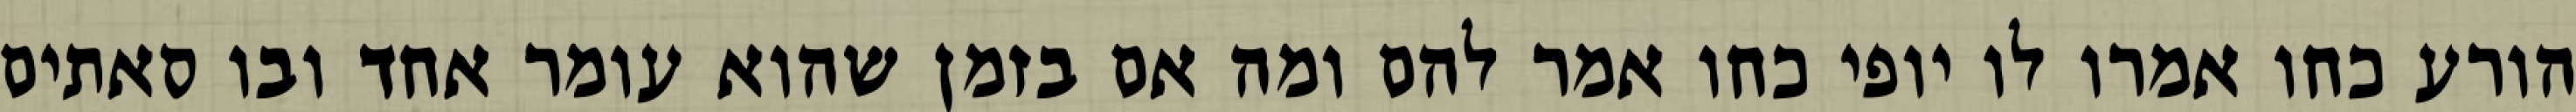
הורע כחו אמרו לו יופי כחו אמר להם ומה אם בזמן שהוא עומר אחד ובו סאתים